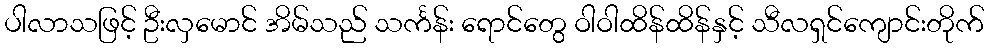
ပါလာသဖြင့် ဦးလှမောင် အိမ်သည် သင်္ကန်း ရောင်တွေ ဝါဝါထိန်ထိန်နှင့် သီလရှင်ကျောင်းတိုက်